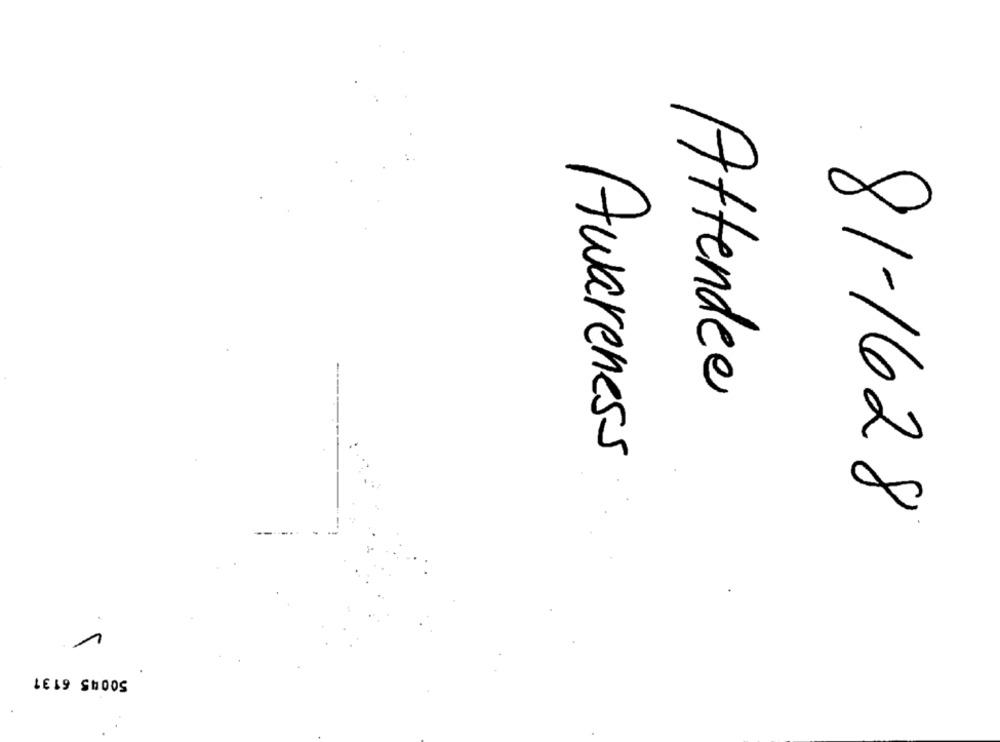
Attendee
Awareness
81-1628
50045 6131